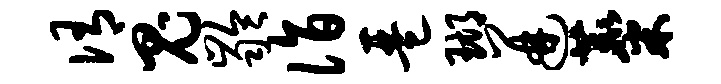
侑鬼龄诣琶瑚迸麋